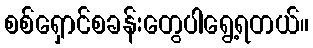
စစ်ရှောင်စခန်းတွေပါရွေ့ရတယ်။